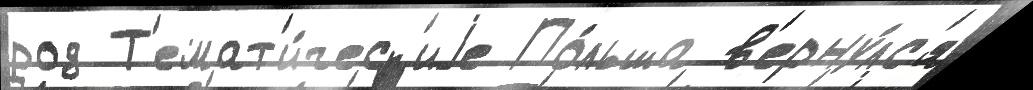
род Т'емат'и́ческ'иjе По́льша в'ерну́лс'я